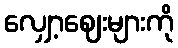
လျှော့ဈေးများကို